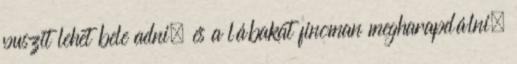
puszit lehet bele adni, és a lábakat finoman megharapdálni,